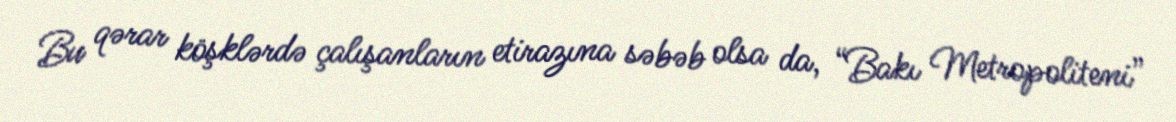
Bu qərar köşklərdə çalışanların etirazına səbəb olsa da, “Bakı Metropoliteni”